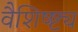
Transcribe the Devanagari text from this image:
वैशिष्ष्ट्य